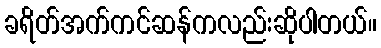
ခရိတ်အက်ကင်ဆန်ကလည်းဆိုပါတယ်။